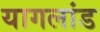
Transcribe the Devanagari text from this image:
यागलांड